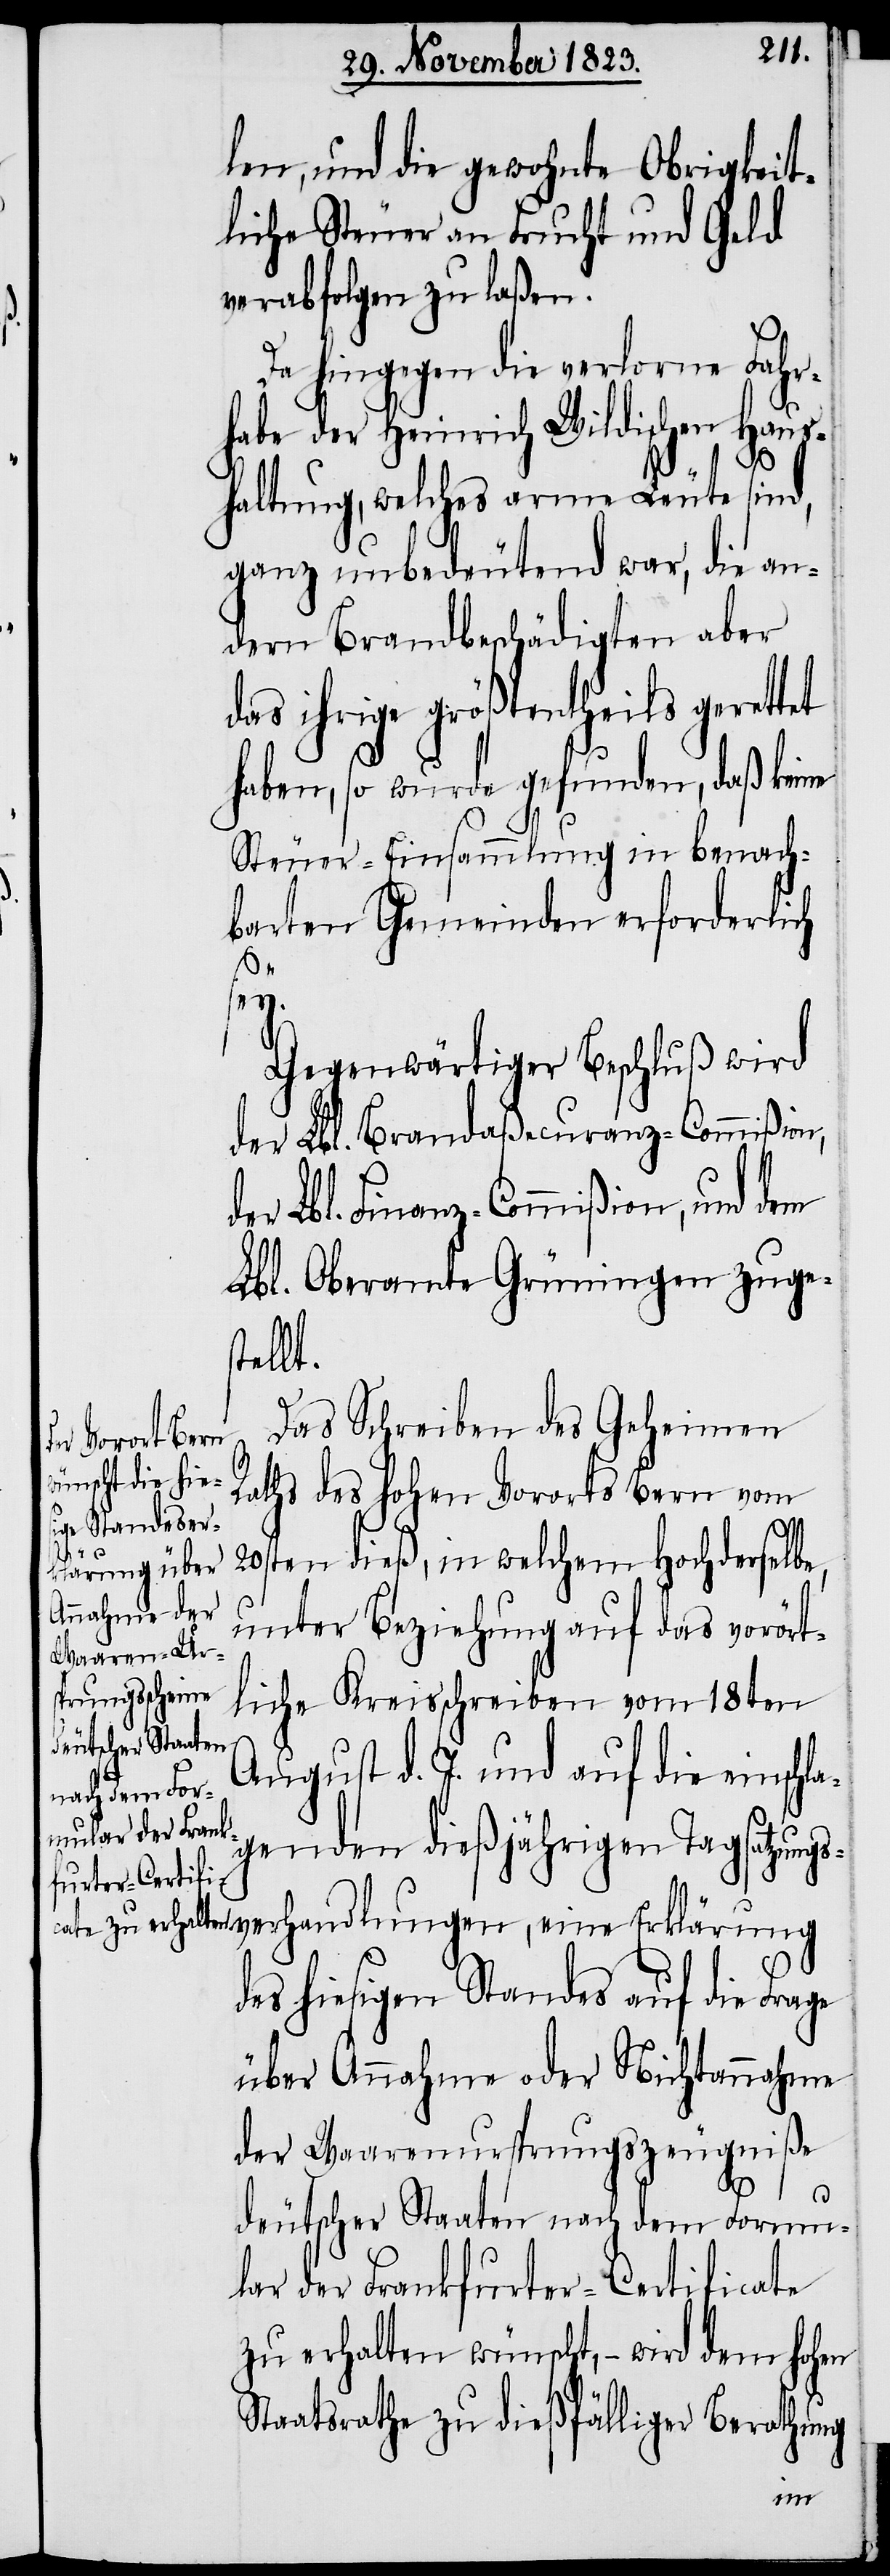
len, und die gewohnte Obrigkeit¬
liche Steuer an Frucht und Geld
verabfolgen zu laßen.
Da hingegen die verlorne Fahr¬
habe der Heinrich Wildischen Haus¬
haltung, welches arme Leute sind,
ganz unbedeutend war, die an¬
dern Brandbeschädigten aber
das ihrige größtentheils gerettet
haben, so wurde gefunden, daß keine
Steuer-Einsammlung in benach¬
barten Gemeinden erforderlich
Gegenwärtiger Beschluß wird
der Lbl. Brandaßecuranz-Commißion,
der Lbl. Finanz-Commißion, und dem
Lbl. Oberamte Grüningen zuges¬
tellt.
Das Schreiben des Geheimen
Raths des hohen Vororts Bern vom
20sten dieß, in welchem Hochderselbe,
unter Beziehung auf das vorört¬
liche Kreisschreiben vom 18ten
August d. J. und auf die einschl¬
agenden dießjährigen Tagsatzungs¬
verhandlungen, eine Erklärung
des hiesigen Standes auf die Frage
über Annahme oder Nichtannahme
der Waarenursprungszeugniße
sey.
deutscher Staaten nach dem Formu¬
lar der Frankfurter-Certificate
zu erhalten wünscht, − wird dem hohen
Staatsrathe zu dießfälliger Berathung